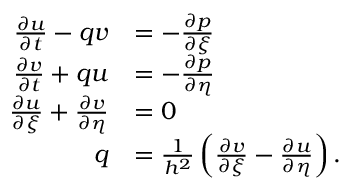
\begin{array} { r l } { \frac { \partial u } { \partial t } - q v } & { = - \frac { \partial p } { \partial \xi } } \\ { \frac { \partial v } { \partial t } + q u } & { = - \frac { \partial p } { \partial \eta } } \\ { \frac { \partial u } { \partial \xi } + \frac { \partial v } { \partial \eta } } & { = 0 } \\ { q } & { = \frac { 1 } { h ^ { 2 } } \left( \frac { \partial v } { \partial \xi } - \frac { \partial u } { \partial \eta } \right) . } \end{array}